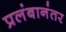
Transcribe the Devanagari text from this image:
प्रलंबानंतर